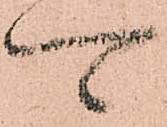
可